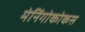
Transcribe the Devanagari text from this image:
मेनिंगोकोकस